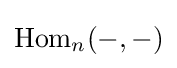
\mathrm {Hom} _{n}(-,-)